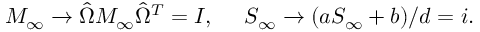
M _ { \infty } \to \hat { \Omega } M _ { \infty } \hat { \Omega } ^ { T } = I , \ \ \ \ S _ { \infty } \to ( a S _ { \infty } + b ) / d = i .